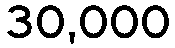
30,000